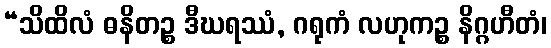
“သိထိလံ ဓနိတဉ္စ ဒီဃရဿံ, ဂရုကံ လဟုကဉ္စ နိဂ္ဂဟီတံ၊